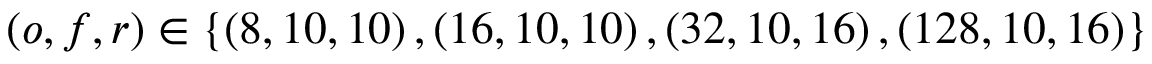
\left( o , f , r \right) \in \{ \left( 8 , 1 0 , 1 0 \right) , \left( 1 6 , 1 0 , 1 0 \right) , \left( 3 2 , 1 0 , 1 6 \right) , \left( 1 2 8 , 1 0 , 1 6 \right) \}